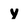
Character: y